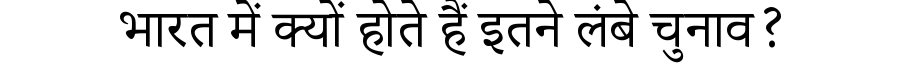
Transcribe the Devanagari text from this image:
भारत में क्यों होते हैं इतने लंबे चुनाव?